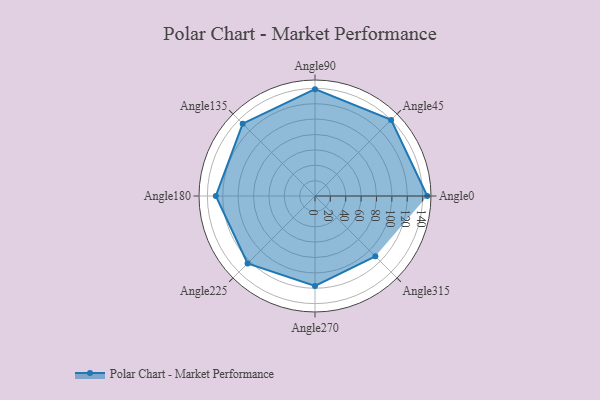
{"axis": {"x": "Angle", "y": "Radius"}, "legend": [""], "data": [{"x": "Angle0", "y": 146.0, "type": ""}, {"x": "Angle45", "y": 140.0, "type": ""}, {"x": "Angle90", "y": 139.0, "type": ""}, {"x": "Angle135", "y": 133.0, "type": ""}, {"x": "Angle180", "y": 129.0, "type": ""}, {"x": "Angle225", "y": 124.0, "type": ""}, {"x": "Angle270", "y": 117.0, "type": ""}, {"x": "Angle315", "y": 111.0, "type": ""}]}